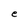
Character: e